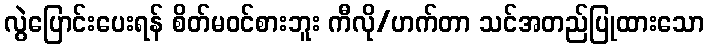
လွဲပြောင်းပေးရန် စိတ်မဝင်စားဘူး ကီလို/ဟက်တာ သင်အတည်ပြုထားသော